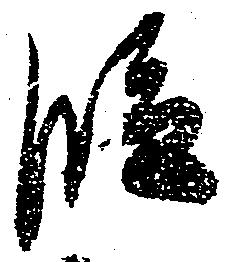
段